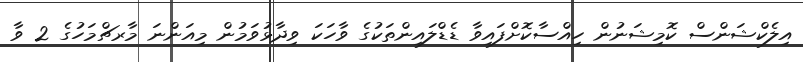
އިލެކްޝަންސް ކޮމިޝަނުން ހިއްސާކޮށްފައިވާ ޑެޑްލައިންތަކުގެ ވާހަކަ ވިދާޅުވަމުން މިއަންނަ މާރޗްމަހުގެ 2 ވާ